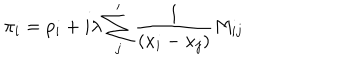
\pi _ { i } = p _ { i } + i \lambda \sum _ { j } ^ { \prime } { \frac { 1 } { ( x _ { i } - x _ { j } ) } } M _ { i j }